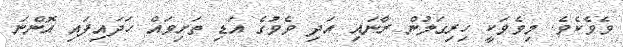
ވެވެކެވެ. މިވެވަކީ ހިރިގަލުން ރާނައި އަދި ވެވުގެ އަޑި ތަށިވައް ހަދައިފައި އޮންނަ